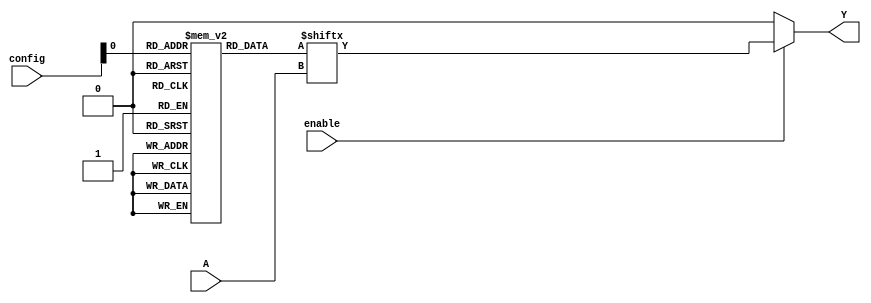
module CLB (
    input wire [3:0] A,          // 4-bit input
    input wire [1:0] config,     // Configuration input for demonstration
    input wire enable,           // Control signal to enable the CLB
    output reg Y                 // Output
);

// SRAM-based LUT - Example for a 4-input LUT with 16 configurations
reg [15:0] LUT [0:1]; // Two configurations, each with 16 entries (for 4 inputs)
initial begin
    // Configuration 0
    LUT[0] = 16'b0000000000000001;  // Example: Only outputs 1 for input 0000
    // Configuration 1
    LUT[1] = 16'b1111111111111110;  // Example: Outputs 0 for all inputs except 1110
end

// Combinational logic based on the configuration
always @(*) begin
    if (enable) begin
        // Using the input combination to index into the LUT
        Y = LUT[config][{A[3], A[2], A[1], A[0]}]; // Assuming A[3:0] indices the LUT
    end else begin
        Y = 1'b0; // Output low when CLB is disabled
    end
end

endmodule